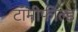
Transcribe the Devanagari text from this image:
टॉमीफील्ड